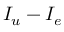
I _ { u } - I _ { e }